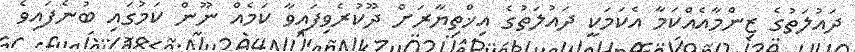
ދައުލަތުގެ ޒިންމާއެއްކަމާ އެކަމަކީ ދައުލަތުގެ އިޚްތިޔާރަށް ދޫކުރެވިފައިވާ ކަމެއް ނޫން ކަމުގައި ބުނެފައިވެ